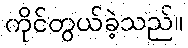
ကိုင်တွယ်ခဲ့သည်။